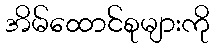
အိမ်ထောင်စုများကို